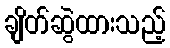
ချိတ်ဆွဲထားသည့်